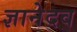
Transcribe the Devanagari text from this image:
ज्ञानेदव